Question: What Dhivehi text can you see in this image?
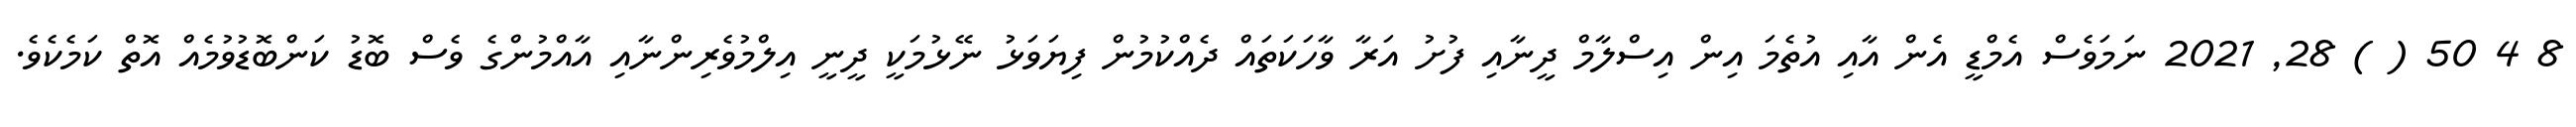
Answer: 8 4 50 ( ) 28, 2021 ނަމަވެސް އެމްޑީ އެން އާއި އުތެމަ އިން އިސްލާމް ދީނާއި ފުށު އަރާ ވާހަކަތައް ދެއްކުމުން ފިޔަވަޅު ނޭޅުމަކީ ދީނީ އިލްމުވެރިންނާއި އާއްމުންގެ ވެސް ބޮޑު ކަންބޮޑުވުމެއް އޮތް ކަމެކެވެ.